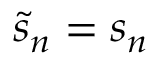
\tilde { s } _ { n } = s _ { n }